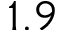
1 . 9